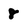
Character: 8